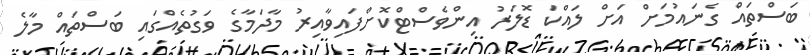
ބަސްތައް ގެނައުމަށް އަށް ލައްކަ ޑޮލަރު އިންވެސްޓްކޮށްފައިވާއިރު މާދަމާގެ ވަގުތެއްގައި ބަސްތައް މާލެ